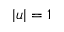
| u | = 1